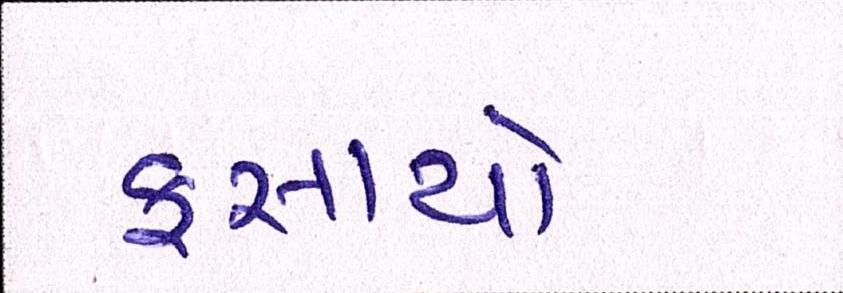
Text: ફસાયો